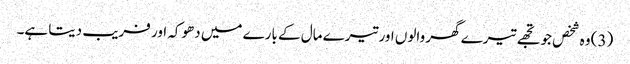
(3) وہ شخص جو تجھے تیرے گھر والوں اور تیرے مال کے بارے میں دھوکہ اور فریب دیتا ہے۔